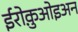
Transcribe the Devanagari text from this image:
ईरोक़ुओइअन